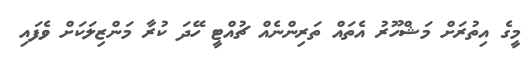
މީގެ އިތުރަށް މަޝްހޫރު އެތައް ތަރިންނެއް ޗުއްޓީ ހޭދަ ކުރާ މަންޒިލަކަށް ވެފައި